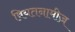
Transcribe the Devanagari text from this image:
वियतनामीज़